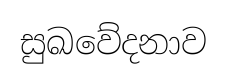
සුඛවේදනාව